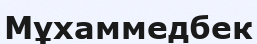
Мұхаммедбек